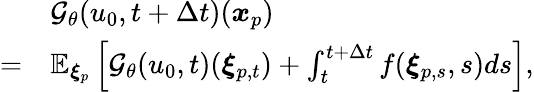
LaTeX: \begin{array}{rl}&{\mathcal{G}_{\theta}(u_{0},t+\Delta t)(\boldsymbol{x}_{p})}\\ {=}&{\mathbb{E}_{\boldsymbol{\xi}_{p}}\left[\mathcal{G}_{\theta}(u_{0},t)(\boldsymbol{\xi}_{p,t})+\int_{t}^{t+\Delta t}f(\boldsymbol{\xi}_{p,s},s)ds\right],}\end{array}